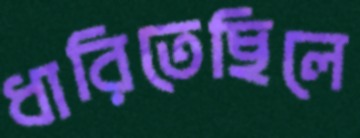
ধারিতেছিলে